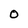
Character: O